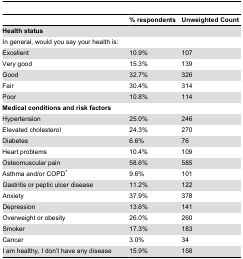
<table><thead><tr><td></td><td><b>% respondents</b></td><td><b>Unweighted Count</b></td></tr></thead><tbody><tr><td><b>Health status</b></td><td></td><td></td></tr><tr><td>In general, would you say your health is:</td><td></td><td></td></tr><tr><td>Excellent</td><td>10.9%</td><td>107</td></tr><tr><td>Very good</td><td>15.3%</td><td>139</td></tr><tr><td>Good</td><td>32.7%</td><td>326</td></tr><tr><td>Fair</td><td>30.4%</td><td>314</td></tr><tr><td>Poor</td><td>10.8%</td><td>114</td></tr><tr><td><b>Medical conditions and risk factors</b></td><td></td><td></td></tr><tr><td>Hypertension</td><td>25.0%</td><td>246</td></tr><tr><td>Elevated cholesterol</td><td>24.3%</td><td>270</td></tr><tr><td>Diabetes</td><td>6.6%</td><td>76</td></tr><tr><td>Heart problems</td><td>10.4%</td><td>109</td></tr><tr><td>Osteomuscular pain</td><td>58.6%</td><td>585</td></tr><tr><td>Asthma and/or COPD*</td><td>9.6%</td><td>101</td></tr><tr><td>Gastritis or peptic ulcer disease</td><td>11.2%</td><td>122</td></tr><tr><td>Anxiety</td><td>37.9%</td><td>378</td></tr><tr><td>Depression</td><td>13.6%</td><td>141</td></tr><tr><td>Overweight or obesity</td><td>26.0%</td><td>260</td></tr><tr><td>Smoker</td><td>17.3%</td><td>183</td></tr><tr><td>Cancer</td><td>3.0%</td><td>34</td></tr><tr><td>I am healthy, I don’t have any disease</td><td>15.9%</td><td>158</td></tr></tbody></table>